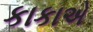
કાકાએ